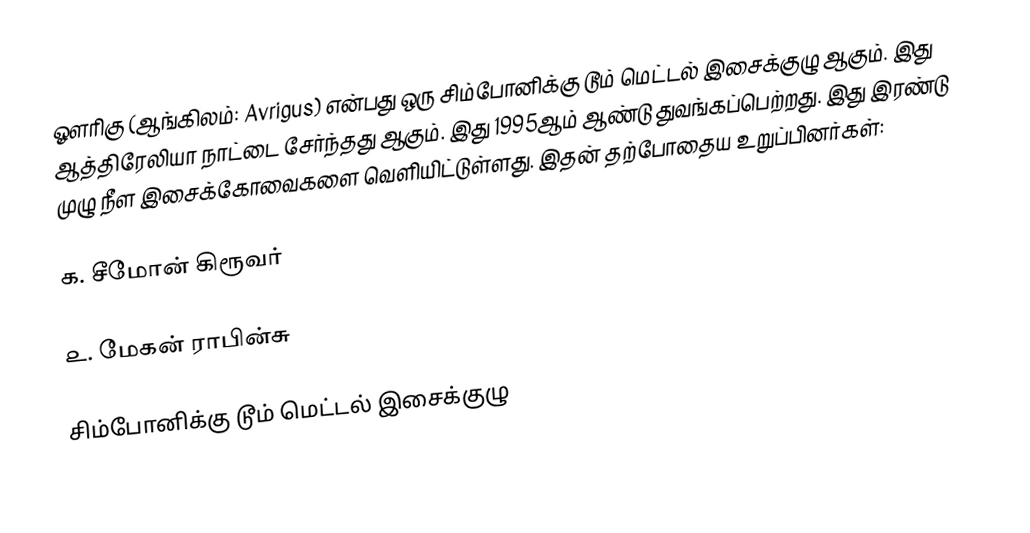
ஔரிகு (ஆங்கிலம்: Avrigus) என்பது ஒரு சிம்போனிக்கு டூம் மெட்டல் இசைக்குழு ஆகும். இது ஆத்திரேலியா நாட்டை சேர்ந்தது ஆகும். இது 1995ஆம் ஆண்டு துவங்கப்பெற்றது. இது இரண்டு முழு நீள இசைக்கோவைகளை வெளியிட்டுள்ளது. இதன் தற்போதைய உறுப்பினர்கள்:

௧. சீமோன் கிரூவர்

௨. மேகன் ராபின்சு

சிம்போனிக்கு டூம் மெட்டல் இசைக்குழு